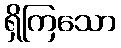
ရှိကြသော